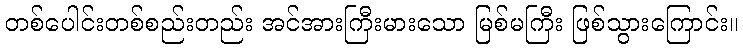
တစ်ပေါင်းတစ်စည်းတည်း အင်အားကြီးမားသော မြစ်မကြီး ဖြစ်သွားကြောင်း။